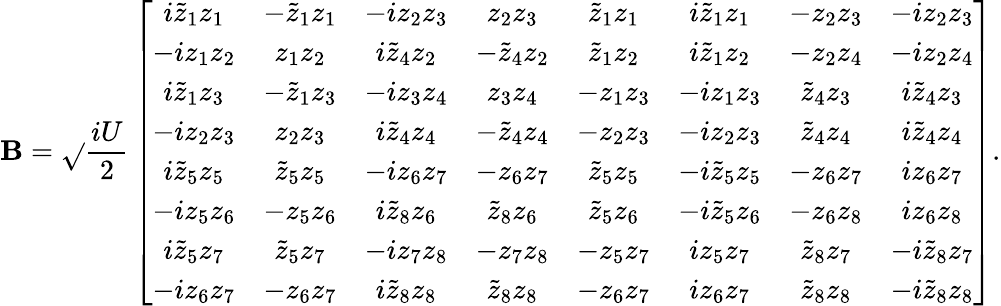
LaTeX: \mathbf{B}=\sqrt{}{{\frac{{iU}}{{2}}}}\left[\begin{array}{cccccccc}{i\tilde{z}_{1}z_{1}}&{-\tilde{z}_{1}z_{1}}&{-iz_{2}z_{3}}&{z_{2}z_{3}}&{\tilde{z}_{1}z_{1}}&{i\tilde{z}_{1}z_{1}}&{-z_{2}z_{3}}&{-iz_{2}z_{3}}\\ {-iz_{1}z_{2}}&{z_{1}z_{2}}&{i\tilde{z}_{4}z_{2}}&{-\tilde{z}_{4}z_{2}}&{\tilde{z}_{1}z_{2}}&{i\tilde{z}_{1}z_{2}}&{-z_{2}z_{4}}&{-iz_{2}z_{4}}\\ {i\tilde{z}_{1}z_{3}}&{-\tilde{z}_{1}z_{3}}&{-iz_{3}z_{4}}&{z_{3}z_{4}}&{-z_{1}z_{3}}&{-iz_{1}z_{3}}&{\tilde{z}_{4}z_{3}}&{i\tilde{z}_{4}z_{3}}\\ {-iz_{2}z_{3}}&{z_{2}z_{3}}&{i\tilde{z}_{4}z_{4}}&{-\tilde{z}_{4}z_{4}}&{-z_{2}z_{3}}&{-iz_{2}z_{3}}&{\tilde{z}_{4}z_{4}}&{i\tilde{z}_{4}z_{4}}\\ {i\tilde{z}_{5}z_{5}}&{\tilde{z}_{5}z_{5}}&{-iz_{6}z_{7}}&{-z_{6}z_{7}}&{\tilde{z}_{5}z_{5}}&{-i\tilde{z}_{5}z_{5}}&{-z_{6}z_{7}}&{iz_{6}z_{7}}\\ {-iz_{5}z_{6}}&{-z_{5}z_{6}}&{i\tilde{z}_{8}z_{6}}&{\tilde{z}_{8}z_{6}}&{\tilde{z}_{5}z_{6}}&{-i\tilde{z}_{5}z_{6}}&{-z_{6}z_{8}}&{iz_{6}z_{8}}\\ {i\tilde{z}_{5}z_{7}}&{\tilde{z}_{5}z_{7}}&{-iz_{7}z_{8}}&{-z_{7}z_{8}}&{-z_{5}z_{7}}&{iz_{5}z_{7}}&{\tilde{z}_{8}z_{7}}&{-i\tilde{z}_{8}z_{7}}\\ {-iz_{6}z_{7}}&{-z_{6}z_{7}}&{i\tilde{z}_{8}z_{8}}&{\tilde{z}_{8}z_{8}}&{-z_{6}z_{7}}&{iz_{6}z_{7}}&{\tilde{z}_{8}z_{8}}&{-i\tilde{z}_{8}z_{8}}\end{array}\right].